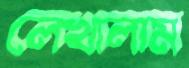
লেখালাম